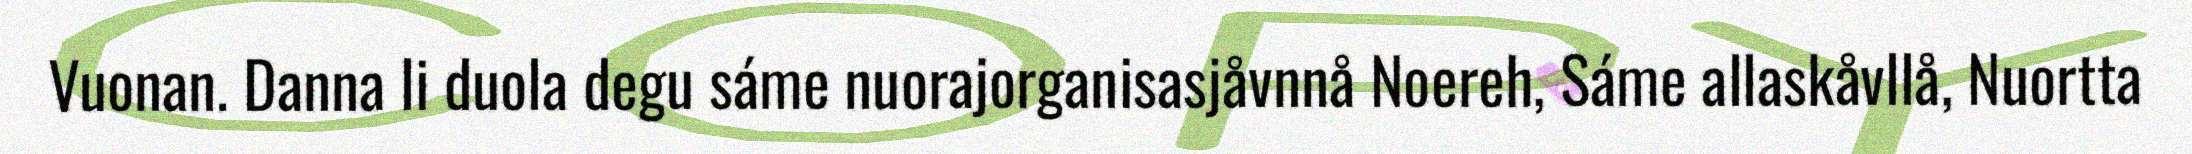
Vuonan. Danna li duola degu sáme nuorajorganisasjåvnnå Noereh, Sáme allaskåvllå, Nuortta